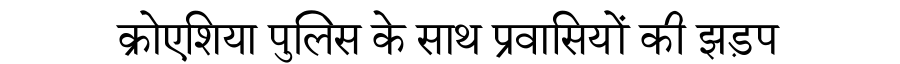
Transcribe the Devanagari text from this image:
क्रोएशिया पुलिस के साथ प्रवासियों की झड़प